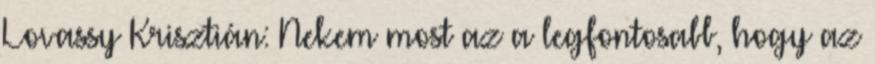
Lovassy Krisztián: Nekem most az a legfontosabb, hogy az